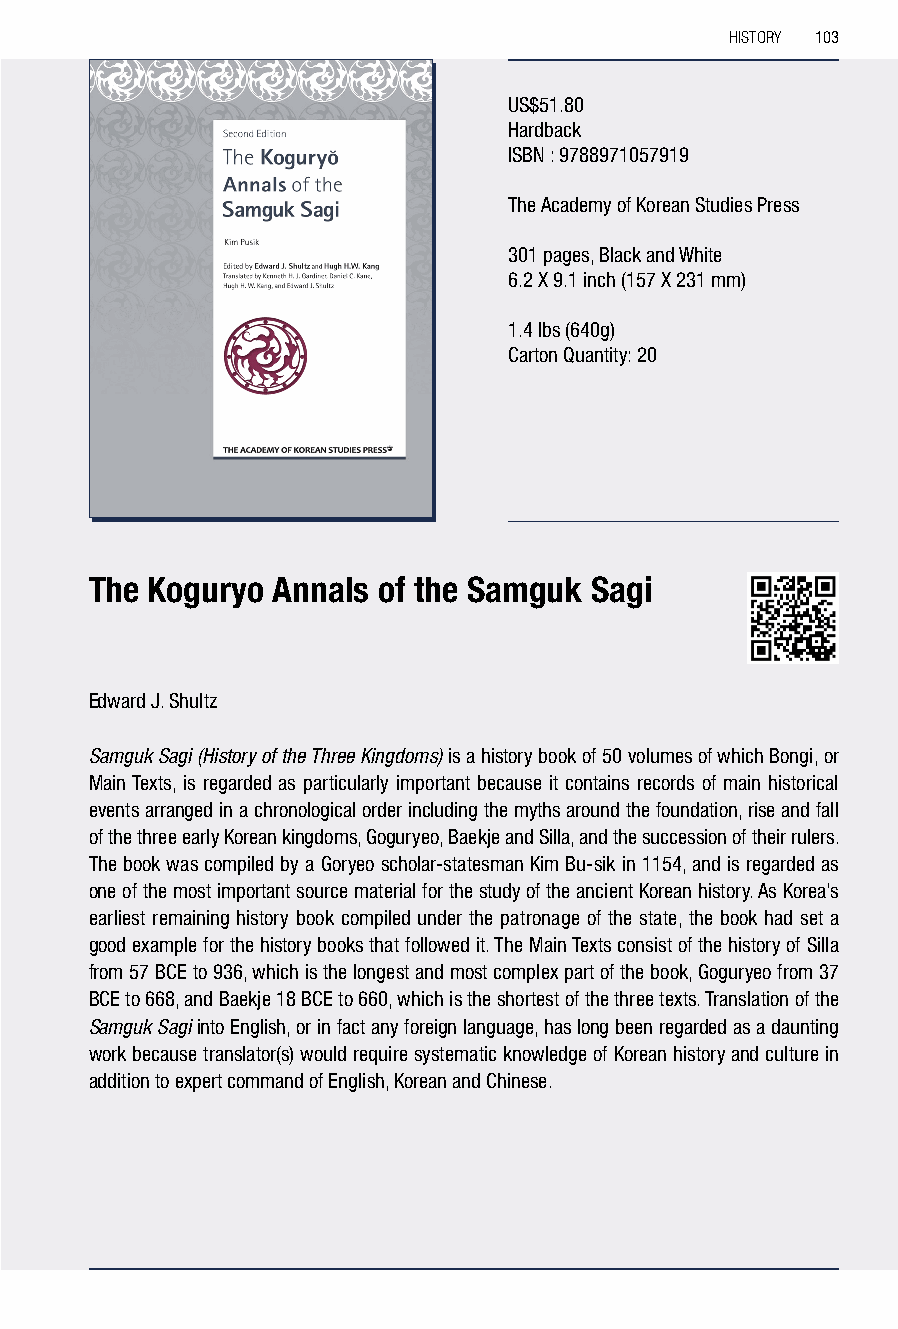
HISTORY 103
 US$51.80
 Hardback
 ISBN : 9788971057919
 The Academy of Korean Studies Press
 301 pages, Black and White
 6.2 X 9.1 inch (157 X 231 mm)
 1.4 lbs (640g)
 Carton Quantity: 20
 The Koguryo Annals of the Samguk Sagi
 Edward J. Shultz
 Samguk Sagi (History of the Three Kingdoms) is a history book of 50 volumes of which Bongi, or
 Main Texts, is regarded as particularly important because it contains records of main historical
 events arranged in a chronological order including the myths around the foundation, rise and fall
 of the three early Korean kingdoms, Goguryeo, Baekje and Silla, and the succession of their rulers.
 The book was compiled by a Goryeo scholar-statesman Kim Bu-sik in 1154, and is regarded as
 one of the most important source material for the study of the ancient Korean history. As Korea’s
 earliest remaining history book compiled under the patronage of the state, the book had set a
 good example for the history books that followed it. The Main Texts consist of the history of Silla
 from 57 BCE to 936, which is the longest and most complex part of the book, Goguryeo from 37
 BCE to 668, and Baekje 18 BCE to 660, which is the shortest of the three texts. Translation of the
 Samguk Sagi into English, or in fact any foreign language, has long been regarded as a daunting
 work because translator(s) would require systematic knowledge of Korean history and culture in
 addition to expert command of English, Korean and Chinese.